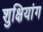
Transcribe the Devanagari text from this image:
शुक्षियांग